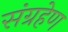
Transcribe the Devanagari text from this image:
संग्रहेण